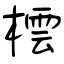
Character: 橒